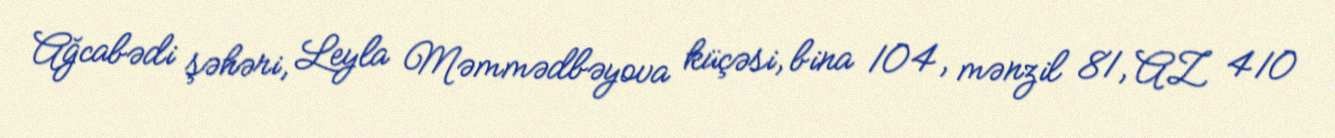
Ağcabədi şəhəri, Leyla Məmmədbəyova küçəsi, bina 104, mənzil 81, AZ 410